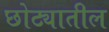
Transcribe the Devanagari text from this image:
छोट्यातील